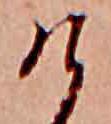
け